Vaccination in the Punjab 1897-1904 - 1897-1904
Year: 1897
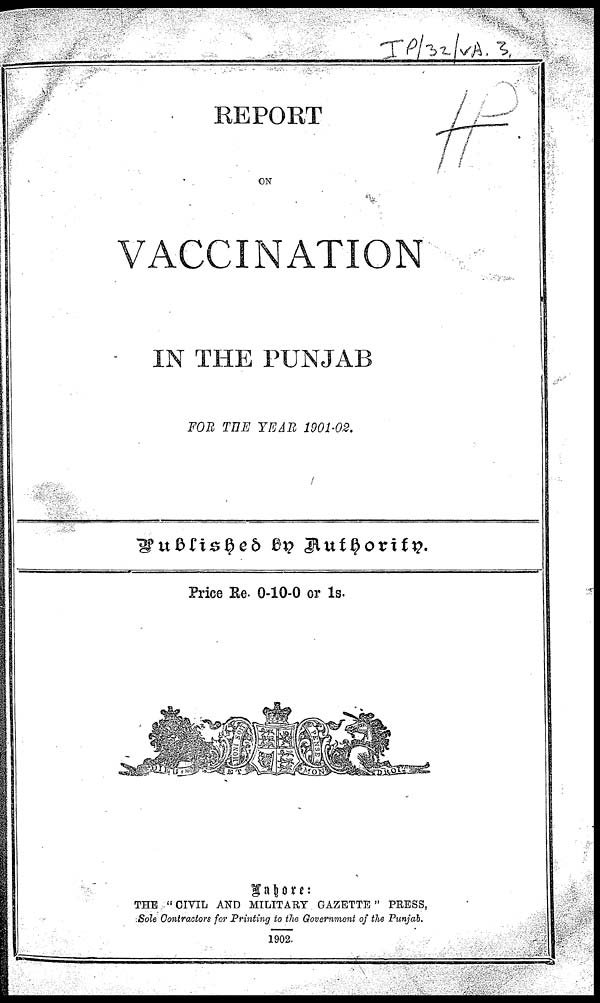
REPORT
ON
VACCINATION
IN THE PUNJAB
FOR THE YEAR 1901-02.
Price Re. 0-10-0 or 1s.
Lahore:
THE "CIVIL AND MILITARY GAZETTE" PRESS,
Sole Contractors for Printing to the Government of the Punjab.
1902